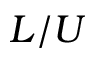
L / U